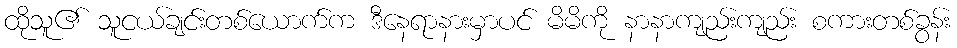
ထိုသူ၏ သူငယ်ချင်းတစ်ယောက်က ဒီနေရာနားမှာပင် မိမိကို နာနာကျည်းကျည်း စကားတစ်ခွန်း